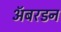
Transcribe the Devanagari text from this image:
ॲबरडन